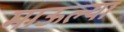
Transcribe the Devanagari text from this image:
माऊल्या